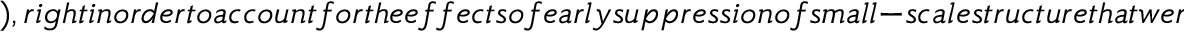
) , r i g h t i n o r d e r t o a c c o u n t f o r t h e e f f e c t s o f e a r l y s u p p r e s s i o n o f s m a l l - s c a l e s t r u c t u r e t h a t w e r e f o u n d f r o m t h e l i n e a r g r o w t h r e g i m e o f s t r u c t u r e f o r m a t i o n i n